Vaccination North-Western Provinces and Oudh 1896-1901 - 1896-1901
Year: 1896
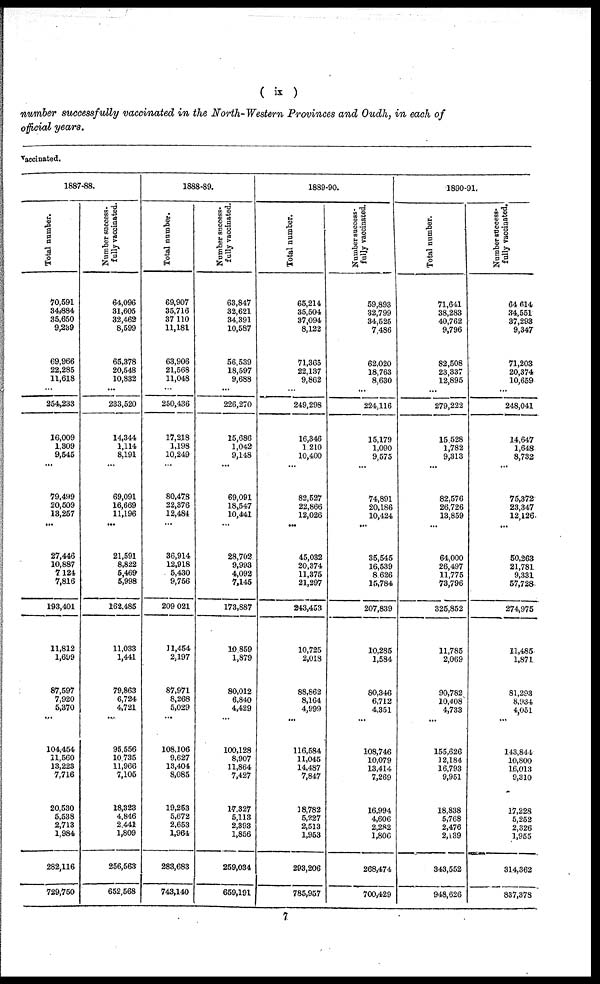
( ix )
number successfully vaccinated in the North-Western Provinces and Oudh, in each of
official years.
vaccinated.
1887-88.
Total number.
70,591
34,884
35,650
9,239
69,966
22,285
11,618
...
254,233
16,009
1,309
9,545
...
79,499
20,509
13,257
...
27,446
10,887
7,124
7,816
193,401
11,812
1,699
87,597
7,920
5,370
...
104,454
11,560
13,223
7,716
20,530
5,588
2,713
1,984
282,116
729,750
Number success¬
fully vaccinated.
64,096
31,605
32,462
8,599
65,378
20,548
10,832
...
233,520
14,344
1,114
8,191
...
69,091
16,669
11,196
...
21,591
8,822
5,469
5,998
162,485
11,033
1,441
79,863
6,724
4,721
...
95,556
10,735
11,966
7,105
18,323
4,846
2,441
1,809
256,563
652,568
1888-89.
Total number.
69,907
35,716
37,110
11,181
63,906
21,568
11,048
...
250,436
17,218
1,198
10,249
...
80,478
22,376
12,484
...
36,914
12,918
5,430
9,756
209,021
11,454
2,197
87,971
8,268
5,029
...
108,106
9,627
13,404
8,085
19,253
5,672
2,653
1,964
283,683
743,140
Number success-
fully vaccinated.
63,847
32,621
34,391
10,587
56,539
18,597
9,688
...
226,270
15,686
1,042
9,148
...
69,091
18,547
10,441
...
28,702
9,993
4,092
7,145
173,887
10,859
1,879
80,012
6,840
4,429
...
100,128
8,907
11,864
7,427
17,327
5,113
2,393
1,856
259,034
659,191
1889-90.
Total number.
65,214
35,504
37,094
8,122
71,365
22,137
9,862
...
249,298
16,346
1,210
10,400
...
82,527
22,866
12,026
...
45,032
20,374
11,375
21,297
243,453
10,725
2,018
88,862
8,164
4,999
...
116,684
11,045
14,487
7,847
18,782
5,227
2,513
1,953
293,206
785,957
Number success-
fully vaccinated.
59,893
32,799
34,525
7,486
62,020
18,763
8,630
...
224,116
15,179
1,090
9,575
...
74,891
20,186
10,424
...
35,545
16,539
8,626
15,784
207,839
10,285
1,584
80,346
6,712
4,351
...
108,746
10,079
13,414
7,269
16,994
4,606
2,282
1,806
268,474
700,429
1890-91,
Total number.
71,641
38,283
40,762
9,796
82,508
23,337
12,895
...
279,222
15,528
1,782
9,313
...
82,576
26,726
13,859
...
64,000
26,497
11,775
73,796
325,852
11,785
2,069
90,782
10,408
4,733
...
155,626
12,184
16,793
9,951
18,838
5,768
2,476
2,139
343,552
948,626
Number success-
fully vaccinated.
64,614
34,551
37,293
9,347
71,203
20,374
10,659
...
248,041
14,647
1,648
8,732
...
75,372
23,347
12,126
...
50,263
21,781
9,331
57,728
274,975
11,485
1,871
81,293
8,934
4,051
...
143,844
10,800
16,013
9,310
17,228
5,252
2,326
1,955
314,362
837,378
7